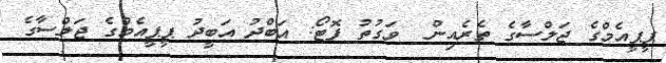
ޕީޕީއެމްގެ ޖަލްސާގެ ތެރެއިން  ވަގުތު ފޮޓޯ: އަބްދު އަބީދު ޕީޕީއެމްގެ ޖަލްސާގެ